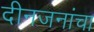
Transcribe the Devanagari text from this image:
दीनजनांचा